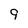
Character: 9